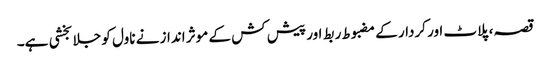
قصہ، پلاٹ اور کردار کے مضبوط ربط اور پیش کش کے موثر انداز نے ناول کو جلا بخشی ہے۔